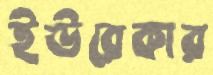
ইউরেকার